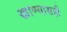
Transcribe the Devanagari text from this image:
खाण्यासही